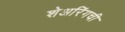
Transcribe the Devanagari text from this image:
शेअरिंगची